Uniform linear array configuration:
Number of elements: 64
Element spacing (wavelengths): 0.25
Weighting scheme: binomial
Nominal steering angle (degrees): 30
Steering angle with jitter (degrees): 30.8
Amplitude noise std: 0.05
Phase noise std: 0.05

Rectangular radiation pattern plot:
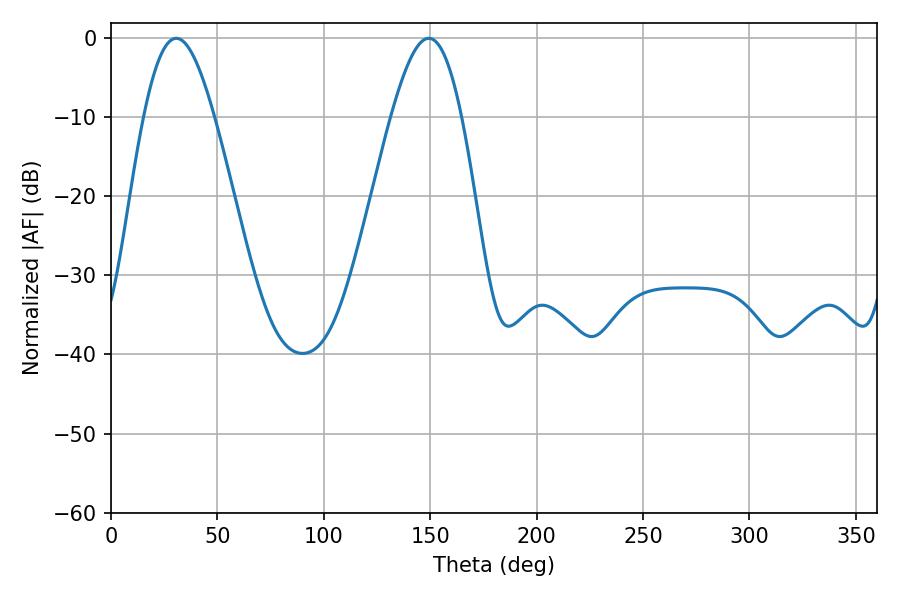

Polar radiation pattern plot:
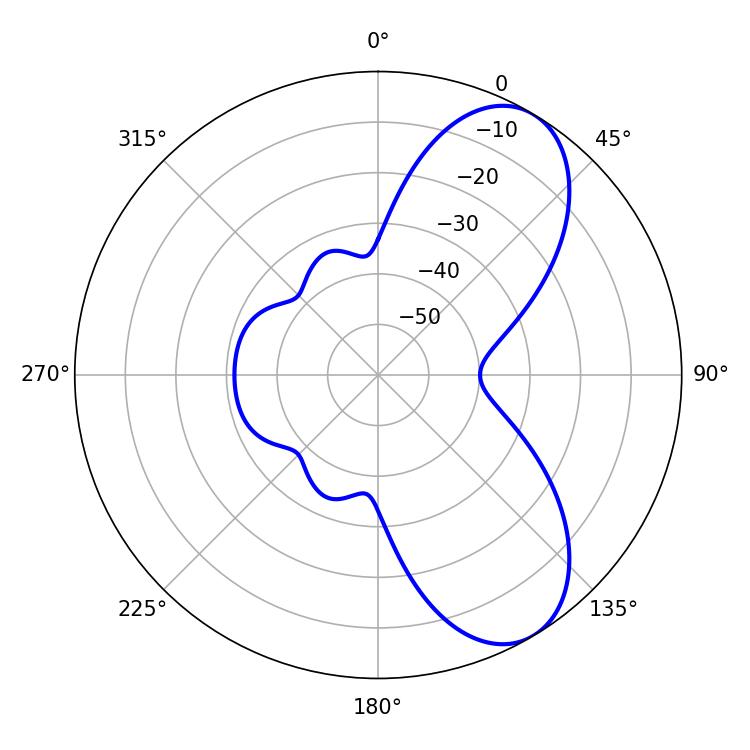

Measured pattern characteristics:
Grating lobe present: FALSE
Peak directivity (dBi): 7.573
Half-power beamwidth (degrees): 17.82
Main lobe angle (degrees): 30.6